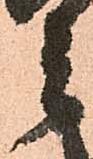
者